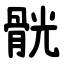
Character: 䯑